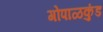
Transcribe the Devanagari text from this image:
गोपाळकुंड